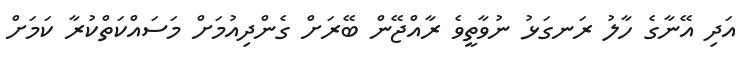
އަދި އޭނާގެ ހާލު ރަނގަޅު ނުވާތީވެ ރާއްޖޭން ބޭރަށް ގެންދިއުމަށް މަސައްކަތްކުރާ ކަމަށް